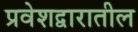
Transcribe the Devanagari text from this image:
प्रवेशद्वारातील